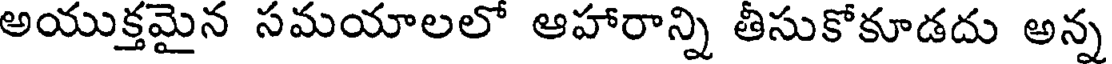
అయుక్తమైన సమయాలలో ఆహారాన్ని తీసుకోకూడదు అన్న